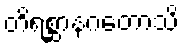
တိရစ္ဆာနဂတောသိ